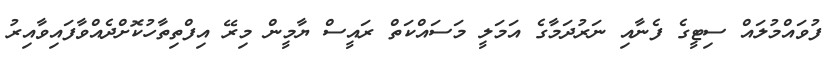
ފުވައްމުލައް ސިޓީގެ ފެނާއި ނަރުދަމާގެ އަމަލީ މަސައްކަތް ރައީސް ޔާމީން މިރޭ އިފްތިތާހުކޮށްދެއްވާފައިވާއިރު